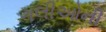
ગલીઓની